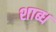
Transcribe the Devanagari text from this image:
शाब्ध